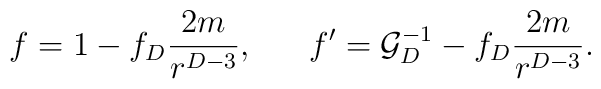
f=1-f_D{{2m}\over{r^{D-3}}}, \ \ \ \ \  f^{\prime}={\cal G}^{-1}_D-f_D{{2m}\over{r^{D-3}}}.